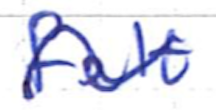
Text: felt
Cross-out: wave
Writing tool: ballpoint